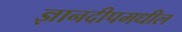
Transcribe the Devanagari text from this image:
ज्ञानदीपमधील